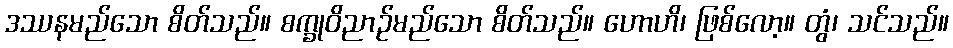
ဒဿနမည်သော စိတ်သည်။ စက္ခုဝိညာဉ်မည်သော စိတ်သည်။ ဟောဟိ၊ ဖြစ်လော့။ တွံ၊ သင်သည်။